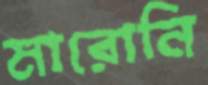
মারোনি